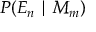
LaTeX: P ( E _ { n } \mid M _ { m } )